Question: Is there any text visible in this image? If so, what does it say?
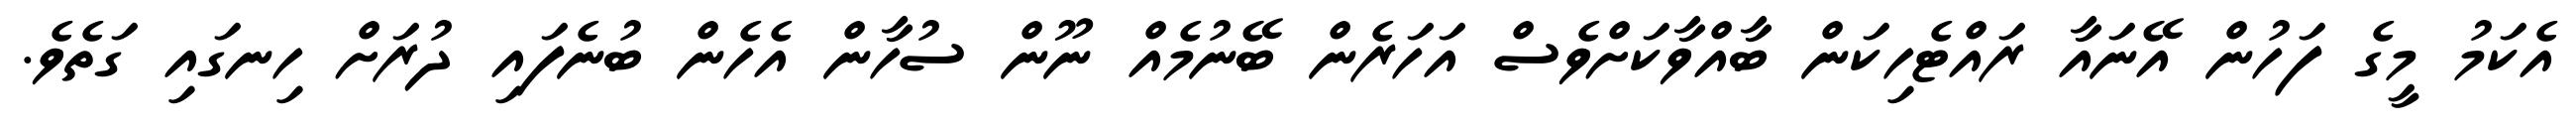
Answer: އެކަމު މީގެ ފަހުން އޭނައާ ރައްޓެހިކަން ބާއްވާކަށްވެސް އަހަރެން ބޭނުމެއް ނޫން ސުހާން އެހެން ބުނެފައި ދުރަށް ހިނގައި ގަތެވެ.